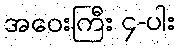
အဝေးကြီး ၄-ပါး